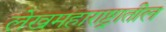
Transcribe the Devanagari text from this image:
लेखमहाराष्ट्रातील